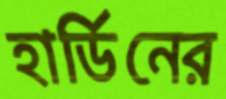
হার্ডিনের